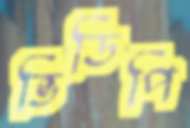
ভিডিপি